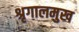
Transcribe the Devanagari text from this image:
श्रृगालमुख